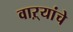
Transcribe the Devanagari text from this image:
वाऱ्यांचे